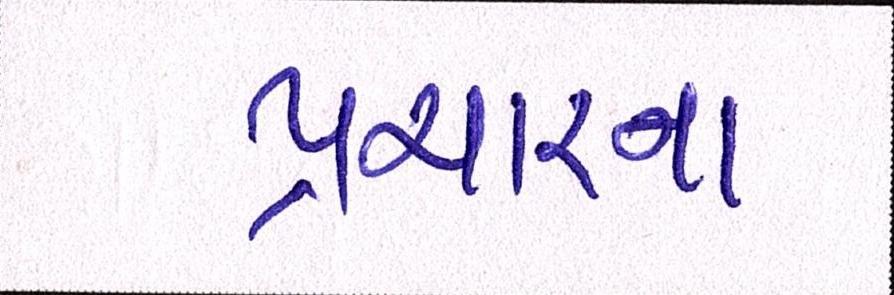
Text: પ્રચારના